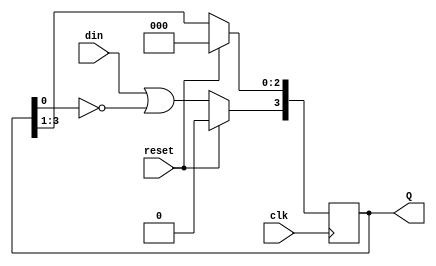
module j_count(din,clk,reset,Q);

input wire din,clk,reset;
output reg [3:0] Q;
wire P;

assign P = din | (~Q[0]);

always @ (posedge clk)
begin
if(reset==1'b1)
	Q<=4'b0000;
else
begin
	Q[2:0]<=Q[3:1];
	Q[3]<=P;
end
end
endmodule